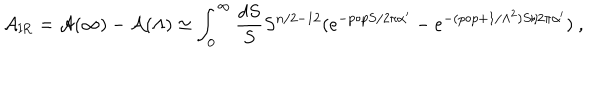
LaTeX: { \cal A } _ { \mathrm { I R } } = { \cal A } ( \infty ) - { \cal A } ( \Lambda ) \simeq \int _ { 0 } ^ { \infty } \frac { d S } { S } S ^ { n / 2 - 1 2 } ( e ^ { - p \circ p S / 2 \pi \alpha ^ { \prime } } - e ^ { - ( p \circ p + 1 / \Lambda ^ { 2 } ) S / 2 \pi \alpha ^ { \prime } } ) ~ ,